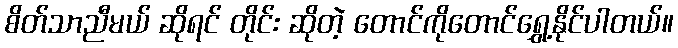
စိတ်သာညီမယ် ဆိုရင် တိုင်း ဆိုတဲ့ တောင်ကိုတောင်ရွှေ့နိုင်ပါတယ်။